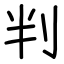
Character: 判